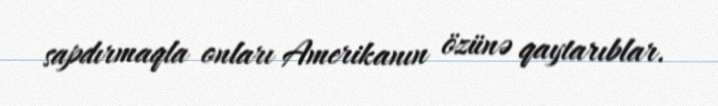
sapdırmaqla onları Amerikanın özünə qaytarıblar.